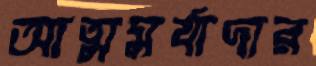
আত্মমর্যাদার